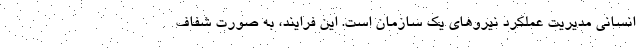
انسانی مدیریت عملکرد نیروهای یک سازمان است. این فرایند، به صورت شفاف